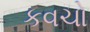
કવચો